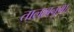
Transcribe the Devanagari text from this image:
तालाबनुमा